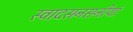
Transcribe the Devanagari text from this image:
स्वादसनसनीयां